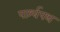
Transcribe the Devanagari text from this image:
पार्श्‍वपथ